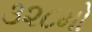
૩૨૮મો